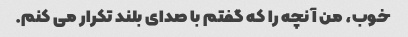
خوب، من آنچه را که گفتم با صدای بلند تکرار می کنم.